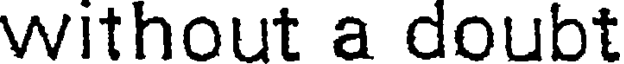
without a doubt